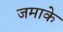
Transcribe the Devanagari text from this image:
जमाके